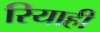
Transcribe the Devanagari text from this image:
रियाही